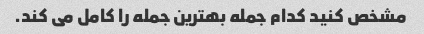
مشخص کنید کدام جمله بهترین جمله را کامل می کند.